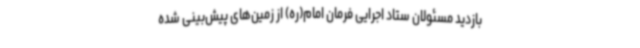
بازدید مسئولان ستاد اجرایی فرمان امام(ره) از زمین‌های پیش‌بینی شده